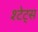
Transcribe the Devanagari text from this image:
श्टेट्स